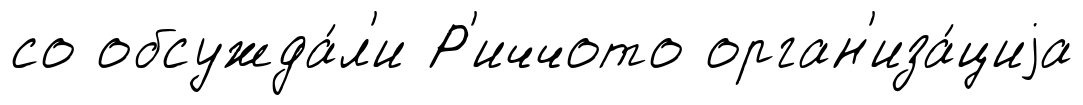
со обсужда́л'и Р'иччото орган'иза́циjа